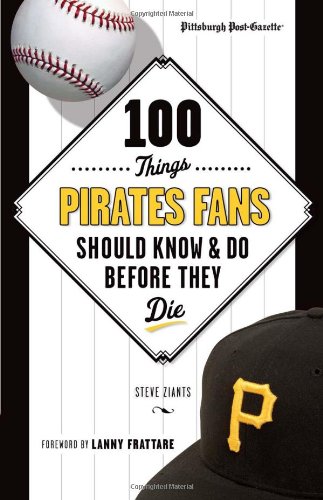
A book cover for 100 Things Pirates Fans Should Know & Do Before They Die (100 Things...Fans Should Know); Pittsburgh Post-Gazette; Travel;